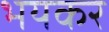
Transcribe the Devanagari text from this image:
भयकर